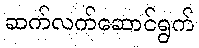
ဆက်လက်ဆောင်ရွက်